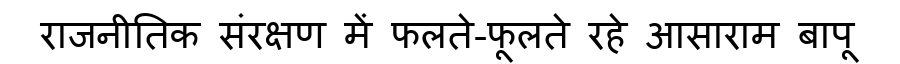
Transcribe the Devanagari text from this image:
राजनीतिक संरक्षण में फलते-फूलते रहे आसाराम बापू